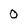
Character: O